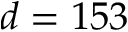
d = 1 5 3